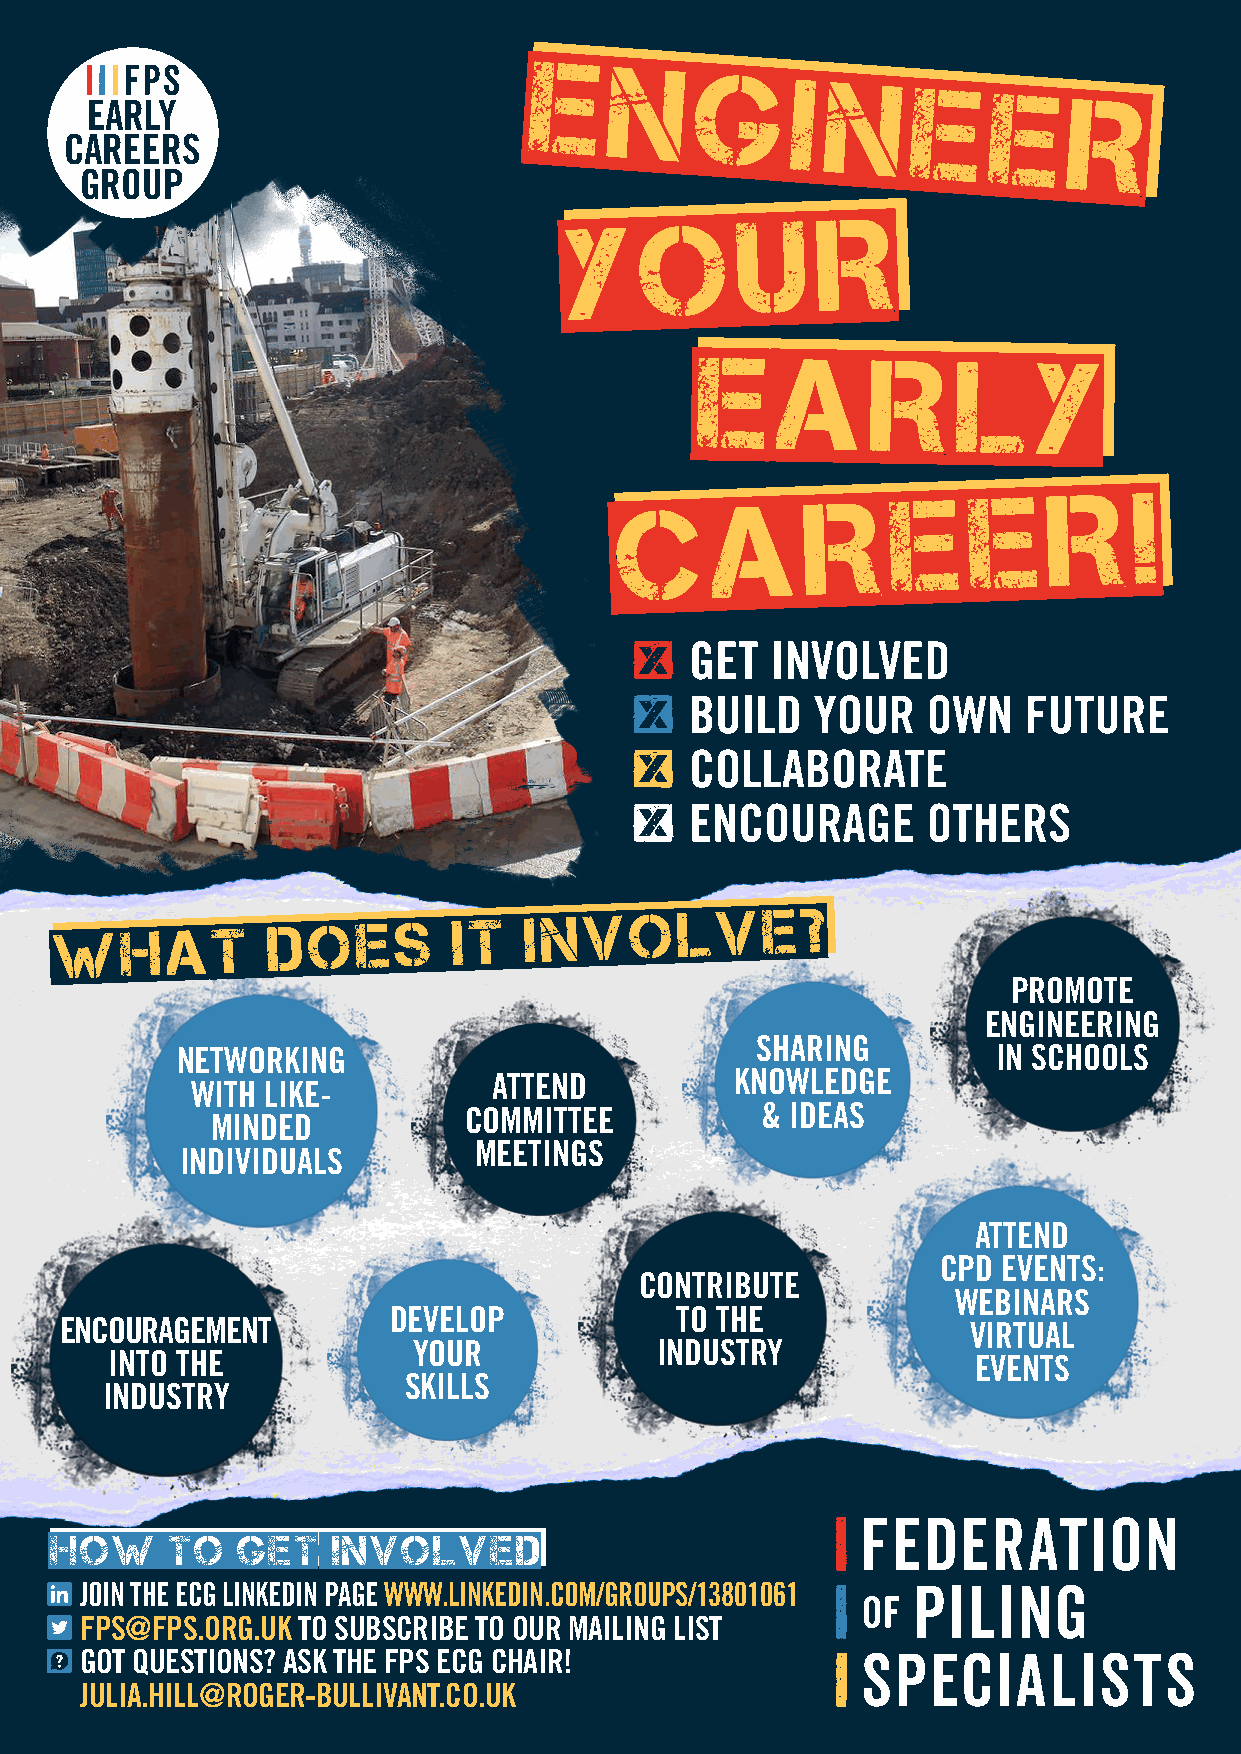
EN
 GINEER
 EARLY
 CAREERS
 GROUP
 YOUR
 EARLY
 CAREER!
 GET  INVOLVED
 BUILD   YOUR   OWN    FUTURE
 COLLABORATE
 ENCOURAGE      OTHERS
 WHAT·DOES·IT·INVOLVE?
 PROMOTE
 ENGINEERING
 SHARING
 NETWORKING                                            IN SCHOOLS
 ATTEND          KNOWLEDGE
 WITH LIKE-
 COMMITTEE          & IDEAS
 MINDED
 MEETINGS
 INDIVIDUALS
 ATTEND
 CPD EVENTS:
 CONTRIBUTE
 WEBINARS
 DEVELOP            TO THE
 ENCOURAGEMENT                                               VIRTUAL
 YOUR            INDUSTRY
 INTO THE                                                 EVENTS
 SKILLS
 INDUSTRY
 HOW·TO·GET·INVOLVED
 JOIN THE ECG LINKEDIN PAGE WWW.LINKEDIN.COM/GROUPS/13801061
 FPS@FPS.ORG.UK TO SUBSCRIBE TO OUR MAILING LIST
 GOT QUESTIONS? ASK THE FPS ECG CHAIR!
 JULIA.HILL@ROGER-BULLIVANT.CO.UK